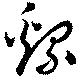
綿